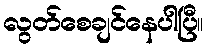
လွတ်စေချင်နေပါပြီ။